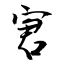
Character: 宭